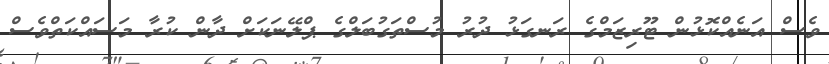
ވެސް އަނެއްކޮޅުން ޓޫރިޒަމްގެ ރަނގަޅު ދުރު މުސްތަގުބަލްގެ ޕްލޭނަކަށް ދާން ކުރާ މަސައްކަތްވެސް